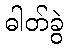
ဓါတ်ခွဲ